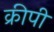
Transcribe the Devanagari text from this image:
क्रीपी